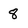
Character: 8